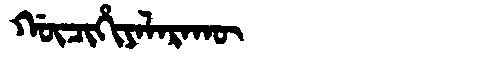
Manchu: ᡤᡡᠴᡳᡥᡳᠶᠠᠯᠠᡵᠠᡴᡡ
Romanization: GŪCIHIYALARAKŪ